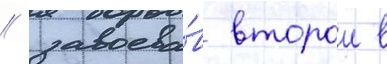
/ завоева́в второи в